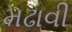
મઢાવી